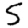
Digit: 5